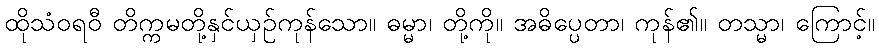
ထိုသံဝရဝီ တိက္ကမတို့နှင်ယှဉ်ကုန်သော။ ဓမ္မာ၊ တို့ကို။ အဓိပ္ပေတာ၊ ကုန်၏။ တသ္မာ၊ ကြောင့်။